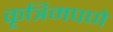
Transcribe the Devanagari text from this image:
कृत्रिमपणे